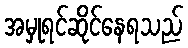
အမှုရင်ဆိုင်နေရသည်